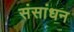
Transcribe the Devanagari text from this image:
संसांधन